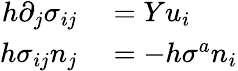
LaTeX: \begin{array}{rl}{h\partial_{j}\sigma_{ij}}&{{}=Yu_{i}}\\ {h\sigma_{ij}n_{j}}&{{}=-h\sigma^{a}n_{i}}\end{array}